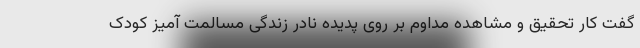
گفت کار تحقیق و مشاهده مداوم بر روی پدیده نادر زندگی مسالمت آمیز کودک